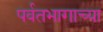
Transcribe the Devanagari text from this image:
पर्वतभागाच्या